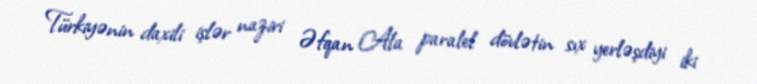
Türkiyənin daxili işlər naziri Əfqan Ala paralel dövlətin sıx yerləşdiyi iki